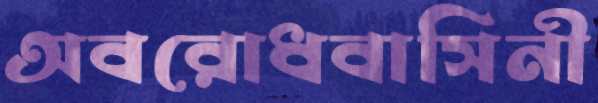
অবরোধবাসিনী